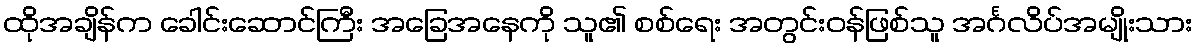
ထိုအချိန်က ခေါင်းဆောင်ကြီး အခြေအနေကို သူ၏ စစ်ရေး အတွင်းဝန်ဖြစ်သူ အင်္ဂလိပ်အမျိုးသား